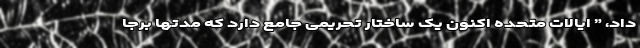
داد، ” ایالات متحده اکنون یک ساختار تحریمی جامع دارد که مدتها برجا